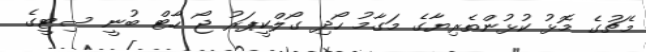
މެޗުގެ މޮޅު ކުޅުންތެރިޔާގެ މަގާމު ހޯދި ގޯލްކީޕަރު ޖޯ ހާޓް ބުނީ ސިޓީގެ